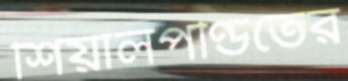
শিয়ালপণ্ডিতের